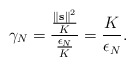
\begin{align*}\gamma_N = {{\left\|\mathbf{s}\right\|^2 \over K} \over {\epsilon_N \over K}} = {K \over \epsilon_N}.\end{align*}